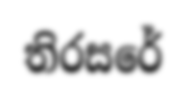
තිරසරේ